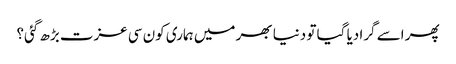
پھر اسے گرا دیا گیا تو دنیا بھر میں ہماری کون سی عزت بڑھ گئی؟